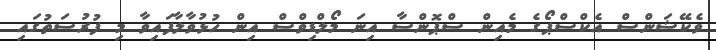
ވެކޭޝަންސް އެކްސްޕޯގެ މެއިން ސްޕޮންސާ އިނަ މޯލްޑިވްސް އިން ހުޅުވާލާފައިވާ މި ފުރުސަތުގައި